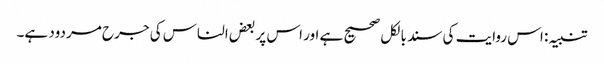
تنبیہ: اس روایت کی سند بالکل صحیح ہے اور اس پر بعض الناس کی جرح مردود ہے۔